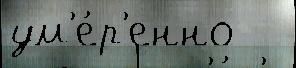
ум'е́р'енно